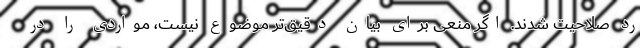
رد صلاحیت شدند. اگر منعی برای بیان دقیق‌تر موضوع نیست، مواردی را در